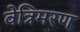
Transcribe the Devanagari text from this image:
वेत्रिमरण